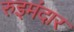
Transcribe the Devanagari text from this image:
रुइमंदार